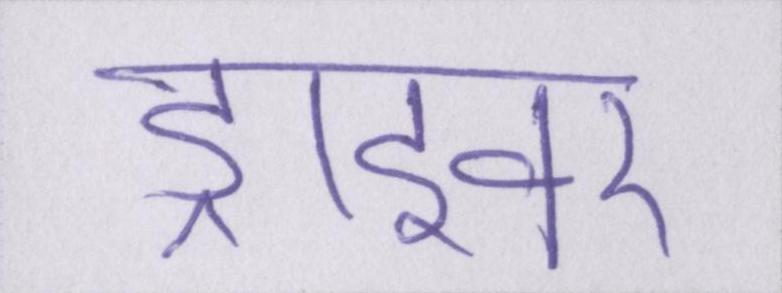
ड्राइवर